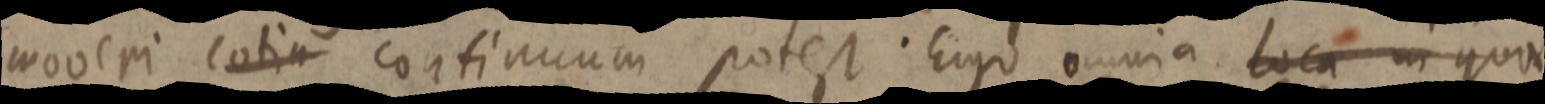
moveri cotin continuum potest Ergo omnia loca in quae